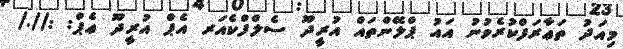
މިއަދު ތަޢާރަފްކުރެވުނު އައު ޕްލޭންތައް އުރީދޫ ސެލްފްކެއަރ އެޕް އުރީދޫ ޢެޕް: ://./